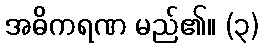
အဓိကရဏ မည်၏။ (၃)